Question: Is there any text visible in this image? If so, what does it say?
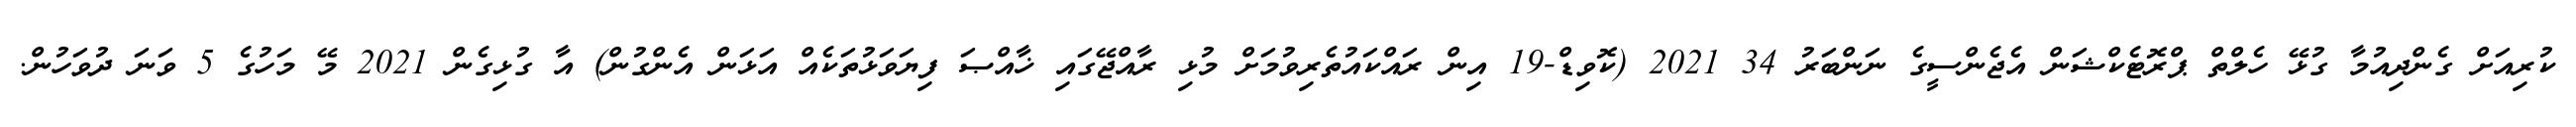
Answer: ކުރިއަށް ގެންދިއުމާ ގުޅޭ ހެލްތް ޕްރޮޓެކްޝަން އެޖެންސީގެ ނަންބަރު 34 2021 (ކޮވިޑް-19 އިން ރައްކައުތެރިވުމަށް މުޅި ރާއްޖޭގައި ޚާއްޞަ ފިޔަވަޅުތަކެއް އަޅަން އެންގުން) އާ ގުޅިގެން 2021 މޭ މަހުގެ 5 ވަނަ ދުވަހުން.